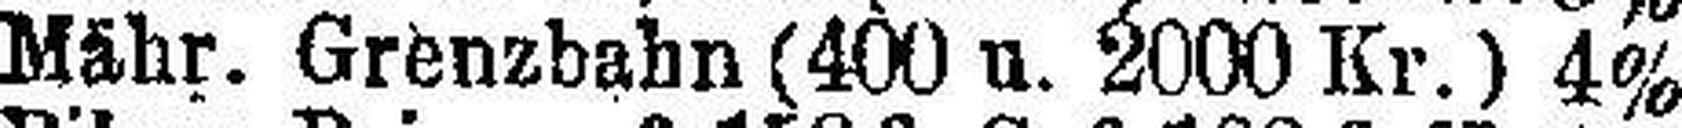
Mähr. Grenzbahn (400 u. 2000 Kr.) 4%